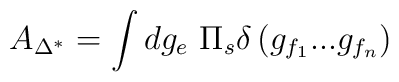
A_{\Delta ^{*}}=\int dg_e\ \Pi _s\delta \left( g_{f_1}...g_{f_n}\right)